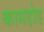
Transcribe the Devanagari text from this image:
कागडोड